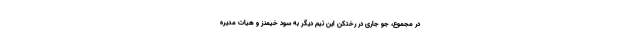
در مجموع، جو جاری در رختکن این تیم دیگر به سود خیمنز و هیات مدیره